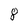
Character: 8